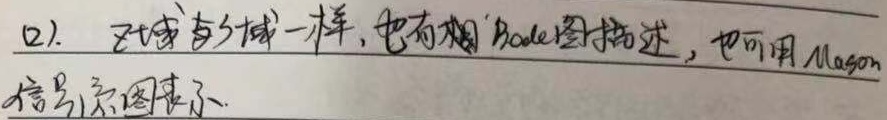
(2). 区域与分域一样，也有相图、Bode 图描述，也可用 Mason 信号流图表示。